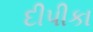
દીપીકા